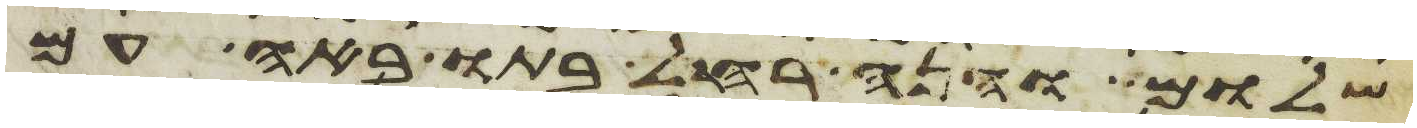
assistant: שלום והנה רחל בתו באה עם